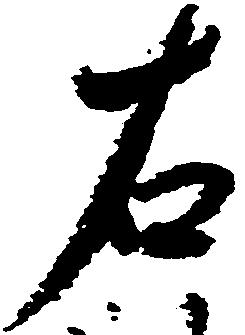
右